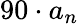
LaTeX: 90\cdot a_{n}